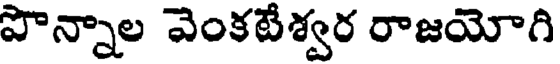
పొన్నాల వెంకటేశ్వర రాజయోగి